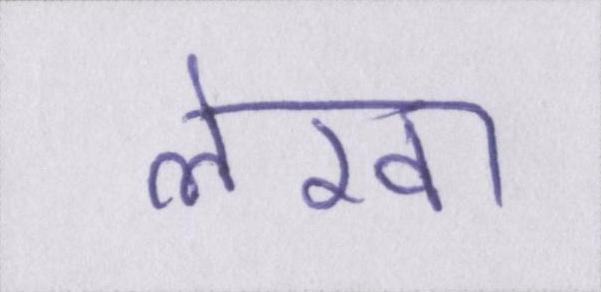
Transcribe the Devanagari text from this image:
लेखा